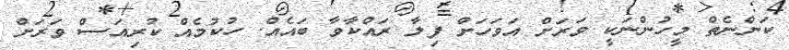
ކަންނެތް މީހުންނަކީ ވަރަށް އަވަހަށް ފިލާ ރައްކާވާ ބައެއް. ހުކުމެއް ކުރިއަސް ވަރަށް